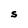
Character: S